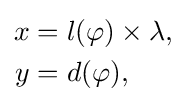
{\begin{aligned}x&=l(\varphi )\times \lambda ,\\y&=d(\varphi ),\end{aligned}}